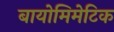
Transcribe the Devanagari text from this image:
बायोमिमेटिक